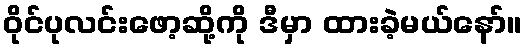
ဝိုင်ပုလင်းဖော့ဆို့ကို ဒီမှာ ထားခဲ့မယ်နော်။